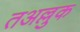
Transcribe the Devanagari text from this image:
तअल्लुक